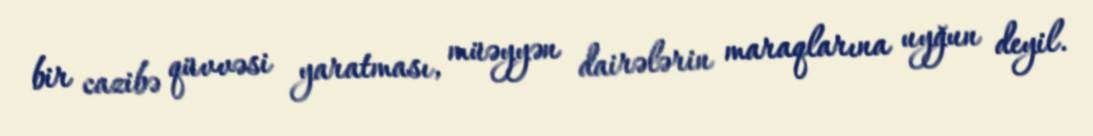
bir cazibə qüvvəsi yaratması, müəyyən dairələrin maraqlarına uyğun deyil.